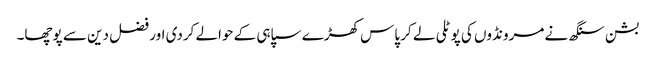
بشن سنگھ نے مرونڈوں کی پوٹلی لے کر پاس کھڑے سپاہی کے حوالے کردی اور فضل دین سے پوچھا۔